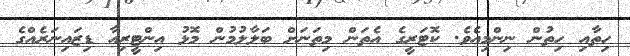
ހިތާއި ހިތުން ނިންމިއެވެ. ކޮޓަރީގެ އެތަން މިތަނަށް ބަލާލުމުން މޮޅު އިންޓީރިއާ ޑިޒައިނަރެއްގެ